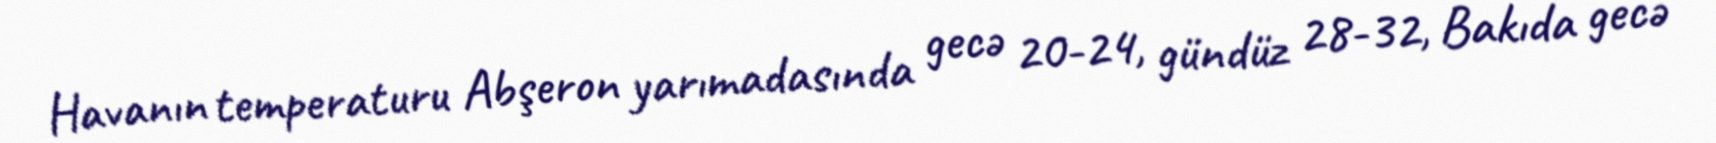
Havanın temperaturu Abşeron yarımadasında gecə 20-24, gündüz 28-32, Bakıda gecə